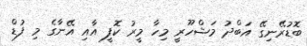
ބޮޑުރޭނިގޭ އަބްދު މަޝްހޫރީ މިހާ މީރު ކޮފީ އާއި އޭނާގެ މި ފުޑް